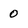
Character: 0